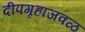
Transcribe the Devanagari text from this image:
दीपगृहाजवळ